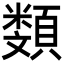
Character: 𩔬